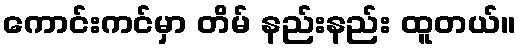
ကောင်းကင်မှာ တိမ် နည်းနည်း ထူတယ်။